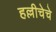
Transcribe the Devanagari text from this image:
हल्लीचेचे